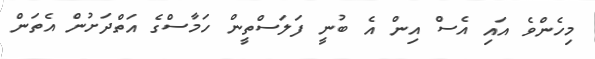
މިހެންވެ އައި އެސް އިން އެ ބުނީ ފަލަސްތީން ހަމާސްގެ އަތްދަށުން އެތަން